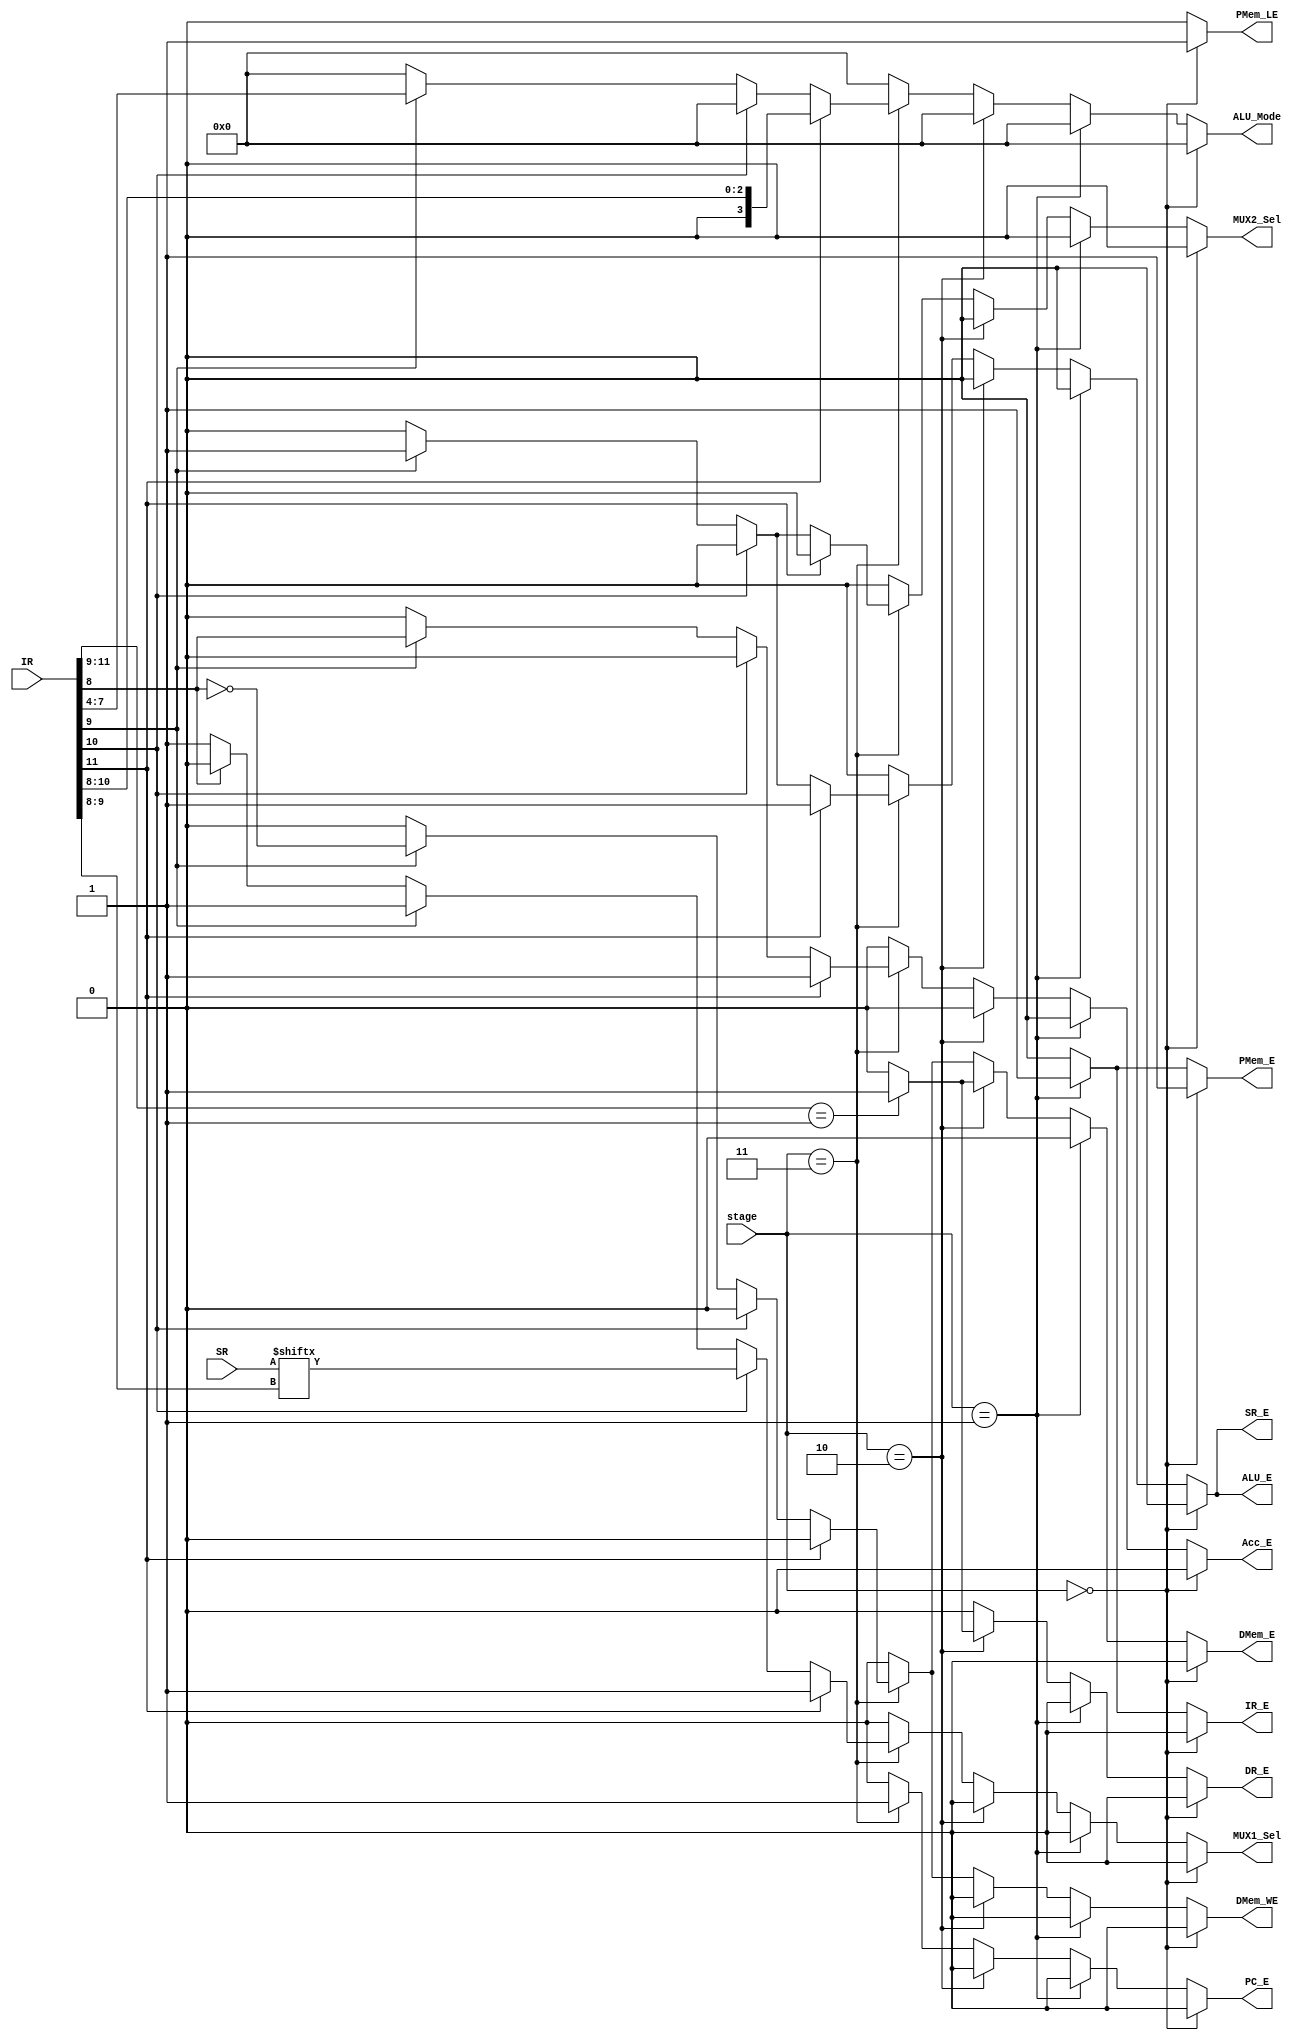
module ControlUnit
    (
        input[1:0] stage,		    // Load or Fetch or Decode or Execute
        input [11:0] IR,		    // Instruction Register
        input [3:0] SR,			    // Status Register
        output reg PC_E, Acc_E, SR_E, IR_E, DR_E, PMem_E,   // Enable signals
        output reg PMem_LE, DMem_E, DMem_WE, ALU_E, MUX1_Sel, MUX2_Sel,
        output reg [3:0] ALU_Mode	// ALU Output Mode
    );
	 	 
parameter LOAD = 2'b00, FETCH = 2'b01, DECODE = 2'b10, EXECUTE = 2'b11;

always @(*)
begin
    // Set all enable signals initially to "zero"
    PMem_LE = 0;
    PC_E = 0;
    Acc_E = 0;
    SR_E = 0;
    IR_E = 0;
    DR_E = 0;
    PMem_E = 0;
    DMem_E = 0;
    DMem_WE = 0;
    ALU_E =0;
    ALU_Mode = 4'd0;
    MUX1_Sel = 0;
    MUX2_Sel = 0;

    // Load instructions
    if(stage== LOAD )
        begin
            PMem_LE = 1;
            PMem_E = 1;
        end

    // Fetch instructions
    else if(stage== FETCH )
        begin
            IR_E = 1;
            PMem_E = 1;
        end

    // Decode instructions
    else if(stage== DECODE )
    begin
        // If IR MSB bits are '001' then enable data registers and data memory
        if( IR[11:9] == 3'b001)    
            begin
                DR_E = 1;
                DMem_E = 1;
            end

        else
            begin
                DR_E = 0;
                DMem_E = 0;
            end
    end

    // Execute instructions
    else if(stage== EXECUTE )
    begin
        if(IR[11]==1)       // for ALU type-I instructions
            begin 
                PC_E = 1;
                Acc_E = 1;
                SR_E = 1;
                ALU_E = 1;
                ALU_Mode = IR[10:8];
                MUX1_Sel = 1;
                MUX2_Sel = 0;
            end

        else if(IR[10]==1)  // for JZ, JC, JS, JO 
            begin
                PC_E = 1;
                MUX1_Sel = SR[IR[9:8]];
            end

        else if(IR[9]==1)   // for type-M instructions
            begin
                PC_E = 1;
                Acc_E = IR[8];
                SR_E = 1;
                DMem_E = !IR[8];
                DMem_WE = !IR[8];
                ALU_E = 1;
                ALU_Mode = IR[7:4];
                MUX1_Sel = 1;
                MUX2_Sel = 1;
            end

        else if(IR[8]==0)   // for No Operation (NOP)
            begin
                PC_E = 1;
                MUX1_Sel = 1;
            end

        else                // for GOTO
            begin
                PC_E = 1;
                MUX1_Sel = 0;
            end
    end
end

endmodule